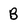
Character: B